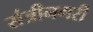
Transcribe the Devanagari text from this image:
संत्रीनगरी